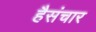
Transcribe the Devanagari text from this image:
हैसंचार